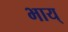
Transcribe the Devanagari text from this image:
भाय्